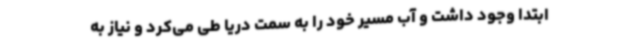
ابتدا وجود داشت و آب مسیر خود را به سمت دریا طی می‌کرد و نیاز به